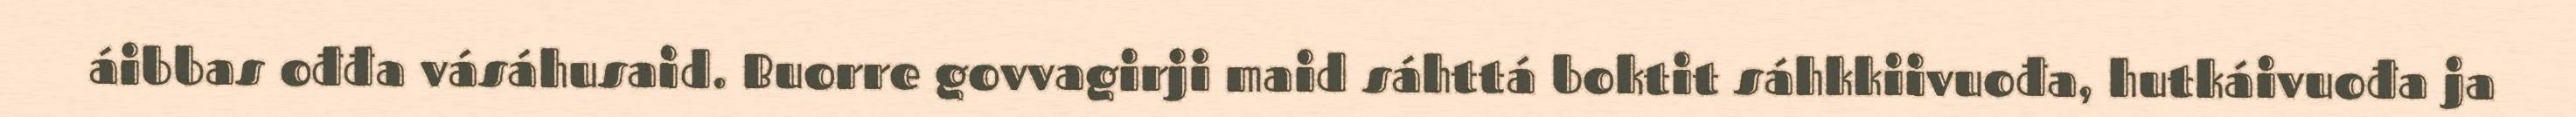
áibbas ođđa vásáhusaid. Buorre govvagirji maid sáhttá boktit sáhkkiivuođa, hutkáivuođa ja